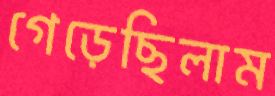
গেড়েছিলাম